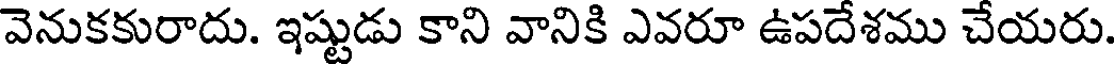
వెనుకకురాదు. ఇష్టుడు కాని వానికి ఎవరూ ఉపదేశము చేయరు